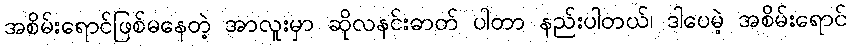
အစိမ်းရောင်ဖြစ်မနေတဲ့ အာလူးမှာ ဆိုလနင်းဓာတ် ပါတာ နည်းပါတယ်၊ ဒါပေမဲ့ အစိမ်းရောင်